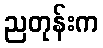
ညတုန်းက